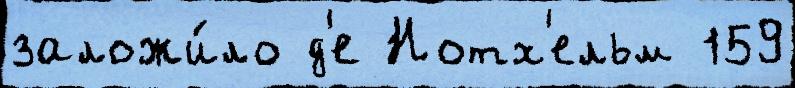
заложи́ло д'е Нотх'ельм 159